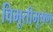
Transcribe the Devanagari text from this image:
विभूतीभूषण